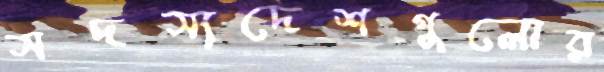
সদস্যদেশগুলোর